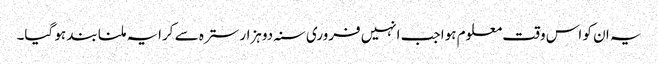
یہ ان کو اس وقت معلوم ہوا جب انہیں فروری سنہ دوہزار سترہ سے کرایہ ملنا بند ہو گیا۔